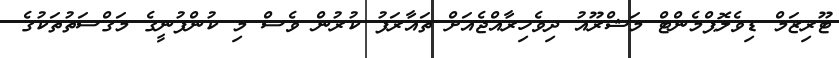
ޓޫރިޒަމް ޑިވެލޮޕްމެންޓް މަޝްރޫއު ދިވެހިރާއްޖެއަށް ތައާރަފު ކުރުން ވެސް މި ކުންފުނީގެ މަގްސަތުތަކުގެ